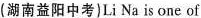
(湖南益阳中考)Li Na is one of